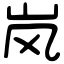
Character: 岚